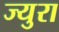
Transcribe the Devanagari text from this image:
ज्युरा